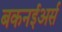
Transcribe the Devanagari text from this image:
बकनईअर्स